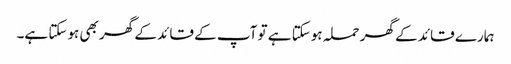
ہمارے قائد کے گھر حملہ ہوسکتا ہے تو آپ کے قائد کے گھر بھی ہوسکتا ہے۔